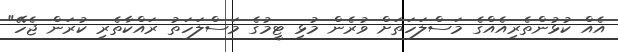
އެއް ކުޅުންތެރިއެއްގެ މަސްލަހަތަށް ވުރެން މުޅި ޓީމުގެ މަސްލަހަތު ރައްކާތެރި ކުރަން ޖެހޭ"